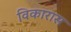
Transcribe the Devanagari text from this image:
विकारास